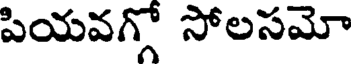
పియవగ్లో సోలసమో